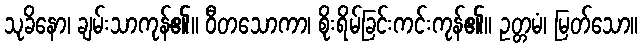
သုခိနော၊ ချမ်းသာကုန်၏။ ဝီတသောကာ၊ စိုးရိမ်ခြင်းကင်းကုန်၏။ ဥတ္တမံ၊ မြတ်သော။